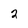
Character: 2